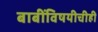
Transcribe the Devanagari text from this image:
बाबींविषयीचीही